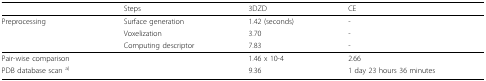
<table><thead><tr><td></td><td><b>Steps</b></td><td><b>3DZD</b></td><td><b>CE</b></td></tr></thead><tbody><tr><td>Preprocessing</td><td>Surface generation</td><td>1.42 (seconds)</td><td>-</td></tr><tr><td></td><td>Voxelization</td><td>3.70</td><td>-</td></tr><tr><td></td><td>Computing descriptor</td><td>7.83</td><td>-</td></tr><tr><td>Pair-wise comparison</td><td></td><td>1.46 x 10-4</td><td>2.66</td></tr><tr><td>PDB database scan <sup>a)</sup></td><td></td><td>9.36</td><td>1 day 23 hours 36 minutes</td></tr></tbody></table>